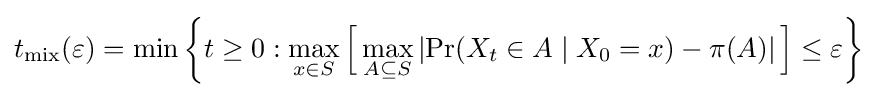
t_{\operatorname {mix} }(\varepsilon )=\min \left\{t\geq 0:\max _{x\in S}{\Big [}\max _{A\subseteq S}\left|\Pr(X_{t}\in A\mid X_{0}=x)-\pi (A)\right|{\Big ]}\leq \varepsilon \right\}